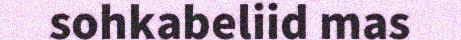
sohkabeliid mas